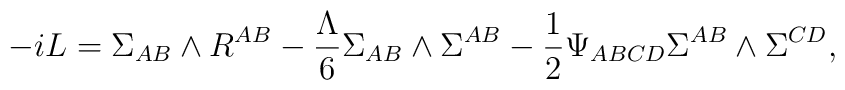
-iL=\Sigma_{AB} \wedge R^{AB}                -\frac{\Lambda}{6}\Sigma_{AB}\wedge\Sigma^{AB}                -\frac{1}{2}\Psi_{ABCD}\Sigma^{AB}\wedge\Sigma^{CD},